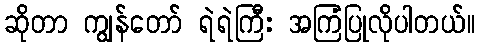
ဆိုတာ ကျွန်တော် ရဲရဲကြီး အကြံပြုလိုပါတယ်။